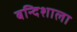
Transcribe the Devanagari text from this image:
बन्दिशाला